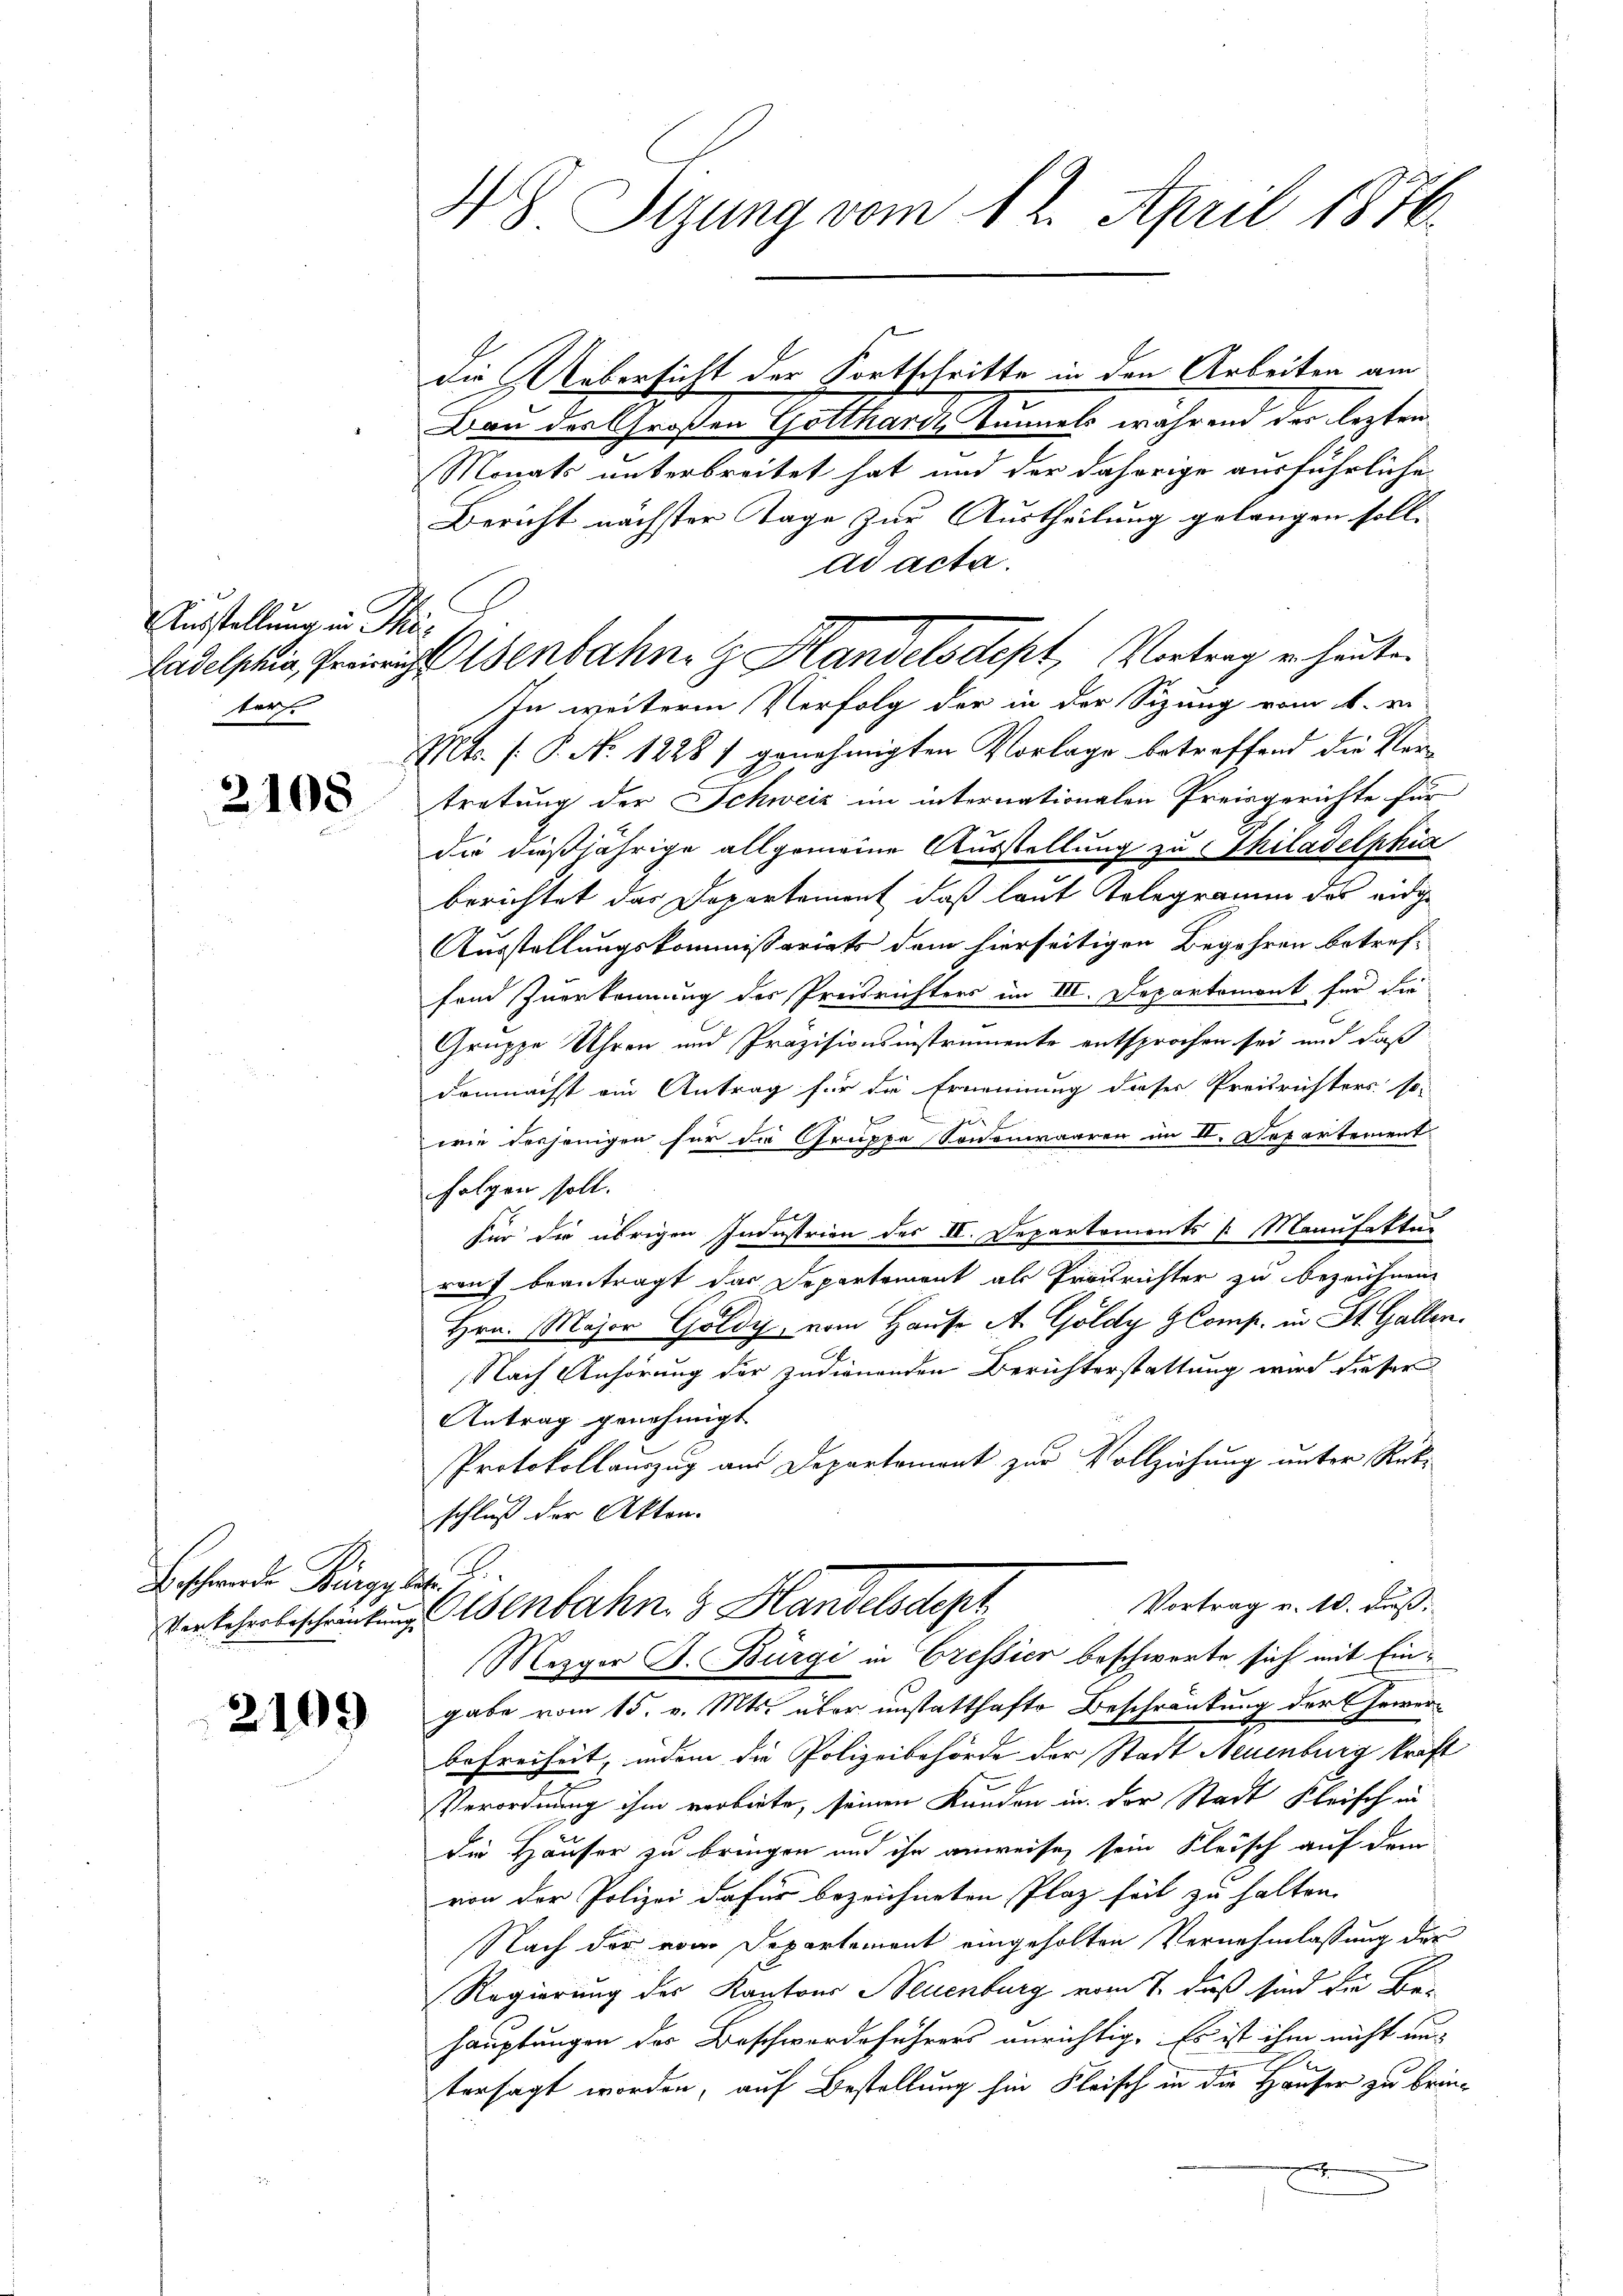
Ausstellung in Me
ter.

2108

Beschwerde Bürge des

2109

N 8. Sitzung vom 12. April 1876.

Bau der Großen Gottharde Tunnels während der lezten
Monats unterbreitet hat und der daherige ausführliche
Bericht nächster Tage zur Austheilung gelangen soll.
ad acta.
Tadelphia, Preisenbahne Handelsdept, Vortrag u. heuten
In weitere Verfolg der in der Sizung vom 1. v.
Mts. (: P. No. 1228) genehmigten Vorlage betreffend die Vertretung der Schweiz im internationalen Preisgerichte für
die dießjährige allgemeine Ausstellung zu Thiladelphia
berichtet das Departement, daß laut Kolegramm das eidige
Ausstellungskommißariats dem hierseitigen Begehren betreffend Zuerkennung des Preisrichters im III. Departemont für die
Gruppe Uhren und Präzisionsinstrumente entsprochen sei und daß
demnächst ein Antrag für die Ernennung dieser Preisrichters, so-

|
wie desjenigen für die Gruppe Sonnenwaaren im II. Departement
folgen soll.
für die übrigen Industrien des II. Departements [ Manufaktur
rauf beantragt das Departement als Prosrichter zu bezeichnen.
Hrn. Major Goldy, vom Hause A. Goldy GComp. in St. Gallen.
C
Nach Anhörung der zudienenden Berichterstattung wird dieser
Antrag genehmigt.
Protokollauszug am Departement zur Vollziehung unter Rück-
schluß der Akten.
Vortrag v. 10. Fuß.
Verscherlischeintung Wenbahn. Handelsdept
Mezger J. Bürgi in Cressier beschwerte sich mit Eingabe vom 15. v. Mts. über unstatthafte Beschränkung der Gewerbefreiheit, indem die Polizeibehörde der Stadt Neuenburg kraft
n
Verordnung ihm verbiete, seinen Kunden in der Stadt Fleisch in
die Häuser zu bringen und ihn anweise, sein Kleisch auf dem
von der Polizei dafür bezeichneten Plaz feil zu halten.
Nach der vom Departement eingeholten Vernehmlassung der
Regierung des Kantons Neuenburg vom 7. daß sind die Be-
hauptungen der Beschwerdeführers unrichtig. Es ist ihm nicht un-
tersagt worden, auf Bestellung hin Fleisch in die Hauser zu brin¬

.

Die Uebersicht der Fortschritte in den Arbeiten am